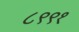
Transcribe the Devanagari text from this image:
८९९१